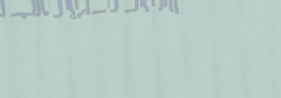
خدمات الأمن والحماية لجمي